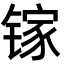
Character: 镓